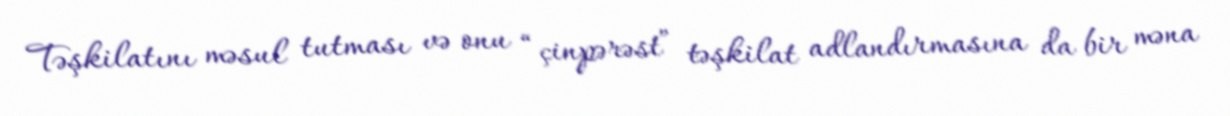
Təşkilatını məsul tutması və onu “çinpərəst” təşkilat adlandırmasına da bir məna